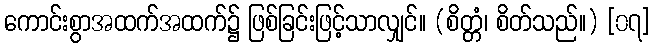
ကောင်းစွာအထက်အထက်၌ ဖြစ်ခြင်းဖြင့်သာလျှင်။ (စိတ္တံ၊ စိတ်သည်။) [၀၇]